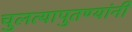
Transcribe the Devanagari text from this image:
चुलत्यापुतण्यांनी